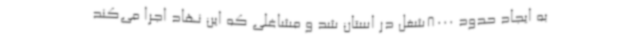
به ایجاد حدود 8000شغل در استان شد و مشاغلی که این نهاد اجرا می‌کند